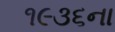
૧૯૩૬ના